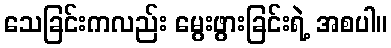
သေခြင်းကလည်း မွေးဖွားခြင်းရဲ့ အစပါ။